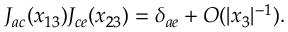
J _ { a c } ( x _ { 1 3 } ) J _ { c e } ( x _ { 2 3 } ) = \delta _ { a e } + O ( | x _ { 3 } | ^ { - 1 } ) .